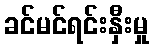
ခင်မင်ရင်းနှီးမှု